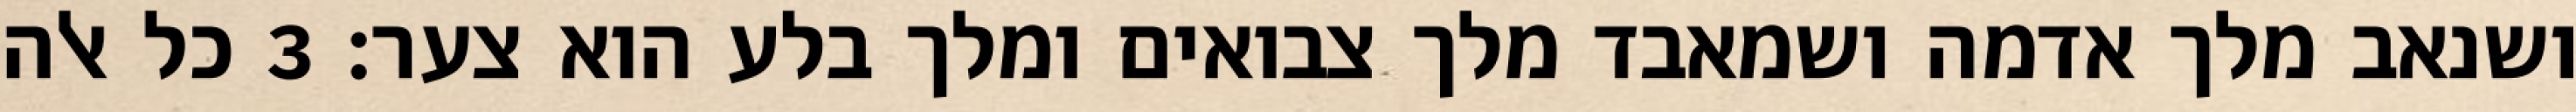
ושנאב מלך אדמה ושמאבד מלך צבואים ומלך בלע הוא צער׃ ‎3‏ כל אלה